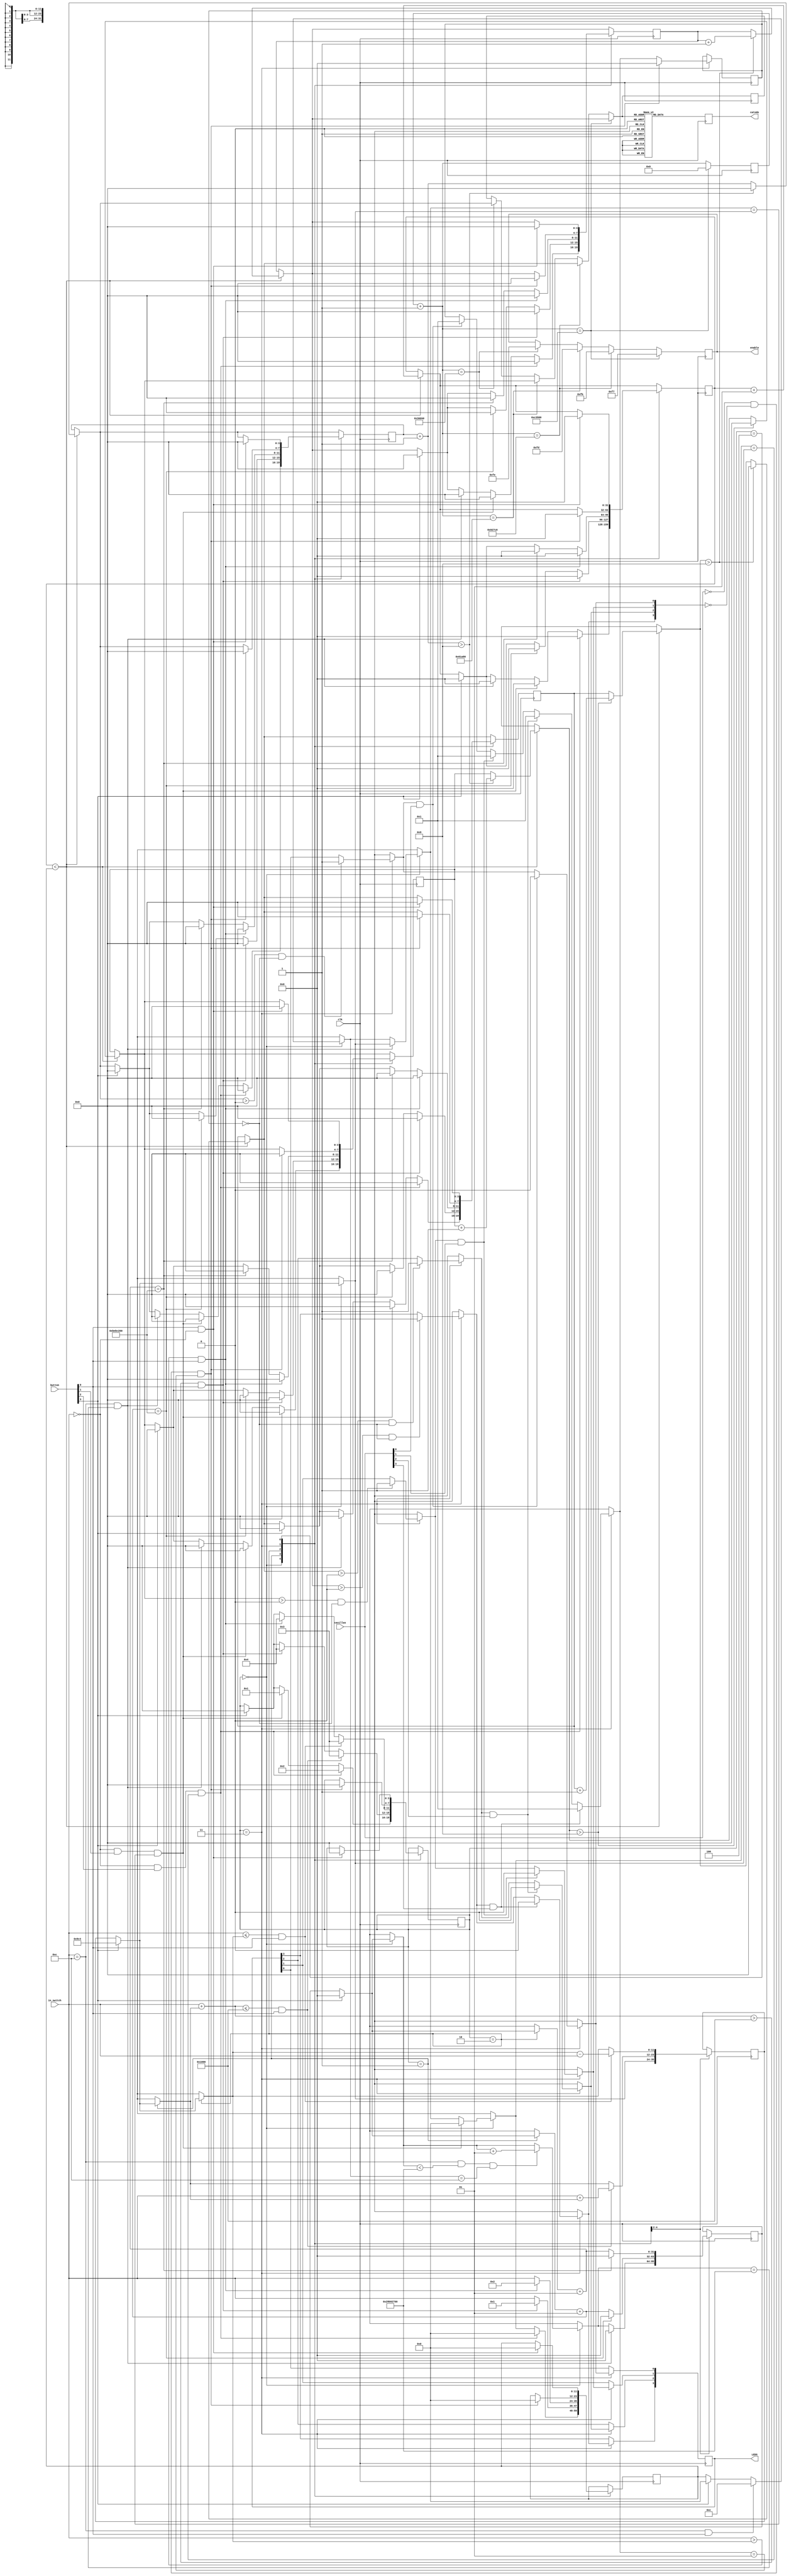

`timescale 1ns / 1ps
//////////////////////////////////////////////////////////////////////////////////

module Cajero(
input clk, // Entrada de reloj
input [11:0] in_switch, // Switches para los montos
input [3:0] button, // Botones
input [3:0] casillas, //entrada de las casillas
output reg [6:0] catodo, // 7segmentos
output reg [7:0] enable, // Habilitar 7 segmentos
output reg [3:0] LEDS
);

reg [3:0] state=0;  //Estados

reg [3:0] display = 0;
reg [27:0] frecMux = 0; // Multiplexar

reg [11:0] dinero_actual = 2500;// monto a desplegar
reg [11:0] monto_ingresado = 0; //Registro que se recibe de los switches 
reg [11:0] numero_desple=0;

integer r = 0 ;
integer tiempo = 0;
integer activate = 0;

reg [3:0] units = 0; //registro para almacenar las unidades
reg [3:0] tens = 0;  //registro para almacenar las decenas
reg [3:0] hundreds = 0;  //registro para almacenar las centenas
reg [3:0] thousands = 0;  // registro para almacenar los miles




always @(posedge clk)
begin 

if(r < numero_desple)
begin
    units = units+1;
    if(units > 9)
    begin
        units=0;
        tens= tens + 1;
    end
    if(tens>9)
    begin
        tens = 0;
        hundreds = hundreds +1;
    end
    if(hundreds > 9)
    begin
        hundreds = 0;
        thousands = thousands+1;
    end
    r = r+1;
end


monto_ingresado = in_switch;

 //Para multiplexar
 frecMux = frecMux + 1 ;
    if(frecMux == 200000)
        begin
            display = units;
            enable = 8'b11111110;
        end
    if(frecMux == 400000)
        begin
            display = tens;
            enable = 8'b11111101;
        end
    if(frecMux == 600000)
        begin
            display = hundreds;
            enable = 8'b11111011;
        end
        
    if(frecMux == 800000)
        begin
            frecMux = 0;
            display = thousands;
            enable = 8'b11110111;
        end


// Para desplegar los valores de contrasea y montos 
case (display)
       4'b0000 : catodo = 7'b0000001;
       4'b0001 : catodo = 7'b1001111;
       4'b0010 : catodo = 7'b0010010;
       4'b0011 : catodo = 7'b0000110;
       4'b0100 : catodo = 7'b1001100;
       4'b0101 : catodo = 7'b0100100;
       4'b0110 : catodo = 7'b0100000;
       4'b0111 : catodo = 7'b0001111;
       4'b1000 : catodo = 7'b0000000;
       4'b1001 : catodo = 7'b0001100;
       default : catodo = 7'b0000001;
       

endcase
        
        


  
                  
case(state)
        0: //Estado Cero, ingresa contrasea y verifica  
        begin
        
            if(button [3] == 1)// reset
            begin
                dinero_actual = 2500;
                units = 0;
                tens = 0;
                hundreds =0;
                thousands =0;
                r = 0 ;
                tiempo = 0;
                numero_desple = 0;
                state=0;            
            end
            //Verifica contrasea
            if ((in_switch == 12'b000000001100) && (button[0]==1))
            begin
                numero_desple = 12;//solo despliega el 12
            end
            
            if((in_switch == 12'b000000001100) && (tiempo < 700000000) && (numero_desple==12) )// se mantiene por 7 segundos la contrasea
            tiempo = tiempo + 1;
            
            if((in_switch == 12'b000000001100) && (tiempo == 700000000))
            begin
                units = 0;
                tens = 0;
                hundreds = 0;
                thousands = 0;
                numero_desple = dinero_actual; // despliega los 2500
                r = 0;
                tiempo = 0;
            end
            
            if ((in_switch == 12'b000000000000) && (button[1]==1) && (numero_desple == dinero_actual) ) //Todos los switches deben estar en cero y activar el botn de aadir
            begin
                state = 1;
                units = 0;
                tens = 0;
                hundreds = 0;
                thousands = 0;
                r = 0;
                numero_desple=0;
            end
            
            if ((in_switch == 12'b000000000000) && (button[2]==1) && (numero_desple == dinero_actual) ) //Todos los switches deben estar en cero y activar el botn de aadir
            begin
                state = 2;
                units = 0;
                tens = 0;
                hundreds = 0;
                thousands = 0;
                r = 0;
                numero_desple=0;
            end     
        end
        
        //Sumar monto
        1:
        begin
        if(button [3] == 1)// reset
            begin
                dinero_actual = 2500;
                units = 0;
                tens = 0;
                hundreds =0;
                thousands =0;
                r = 0 ;
                tiempo = 0;
                numero_desple = 0;
                state=0;            
            end
            
            numero_desple = monto_ingresado;
            tiempo = tiempo + 1;
            if(tiempo == 200000000)//refresca el valor ingresado cada 2 segundos
                begin
                    units=0;
                    tens=0;
                    hundreds = 0;
                    thousands = 0;
                    r = 0;
                    tiempo = 0;
                end
            if((monto_ingresado + dinero_actual) > 4096 && (button [0]==1))
            begin
                units=0;
                tens=0;
                hundreds = 0;
                thousands = 0;
                r = 0;
                numero_desple=1;//error numero sobrepasa cantidad
                
                state=4;
            end
            if ((monto_ingresado + dinero_actual) <= 4096 && (button [0]==1))
            begin
                state=3;
                dinero_actual= monto_ingresado + dinero_actual; //actualiza el dinero
            end
        end
        
        2:
        begin
        if(button [3] == 1)// reset
            begin
                dinero_actual = 2500;
                units = 0;
                tens = 0;
                hundreds =0;
                thousands =0;
                r = 0 ;
                tiempo = 0;
                numero_desple = 0;
                state=0;            
            end
            
            numero_desple = monto_ingresado;
            tiempo = tiempo + 1;
            if(tiempo == 200000000)//refresca el valor ingresado cada 2 segundos
                begin
                    units=0;
                    tens=0;
                    hundreds = 0;
                    thousands = 0;
                    r = 0;
                    tiempo = 0;
                end
            if((monto_ingresado > dinero_actual) && (button [0]==1))
            begin
                units=0;
                tens=0;
                hundreds = 0;
                thousands = 0;
                r = 0;
                numero_desple=2;//error numero sobrepasa cantidad
                
                state=4;
            end
            if ((monto_ingresado <= dinero_actual) && (button [0]==1))
            begin
                state=3;
                dinero_actual= dinero_actual - monto_ingresado; //actualiza el dinero
            end
        end
        
        3://estado de las casillas
            begin
            if(units>0 && activate==0)
                LEDS[0]=1;
            if (tens>0 && activate==0)
                LEDS [1] = 1;
            if(hundreds > 0 &&  activate==0)
                LEDS [2] = 1;
            if(thousands > 0 &&  activate==0)
                LEDS[3] = 1;
            
            if(LEDS[0]==1 && casillas[0]==1)
            begin
            LEDS[0]=0;
            activate = 1;
            end
            
            if(LEDS[1]==1 && casillas[1]==1)
            begin
            LEDS[1]=0;
            activate = 1;
            end
            
            if(LEDS[2]==1 && casillas[2]==1)
            begin
            LEDS[2]=0;
            activate = 1;
            end
            
            if(LEDS[3]==1 && casillas[3]==1)
            begin
            LEDS[3]=0;
            activate = 1;
            end
            
            if(casillas == 4'b0000 && LEDS== 4'b0000 && activate==1)
            begin
                state = 0;//vuelve al estado cero
                units=0;
                tens=0;
                hundreds=0;
                thousands=0;
                r=0;
                numero_desple=0;
                activate=0;
            end
        
        
        end
        
        
        4: //estado de error 
        if(button[0]==1 && in_switch== 12'b000000000000)
        begin
            state = 0;//vuelve al estado cero
            units=0;
            tens=0;
            hundreds=0;
            thousands=0;
            r=0;
            numero_desple=0;
        end
   
endcase

 

        
        
        
        


        
end//End always
endmodule